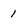
Character: 1